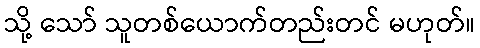
သို့ သော် သူတစ်ယောက်တည်းတင် မဟုတ်။